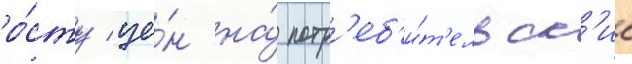
ро́сту це́н на́ потр'еб'и́т'ельск'ие